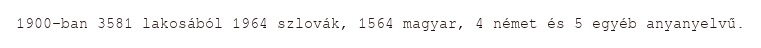
1900-ban 3581 lakosából 1964 szlovák, 1564 magyar, 4 német és 5 egyéb anyanyelvű.